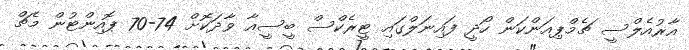
އާރުއެލްސީ ޗެމްޕިއަންކަން ހޯދީ ފައިނަލްގައި ޓީރެކްސް ބީސީއާ ވާދަކޮށް 74-70 ޕޮއިންޓުން މެޗް